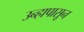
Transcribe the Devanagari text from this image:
उन्हापासून